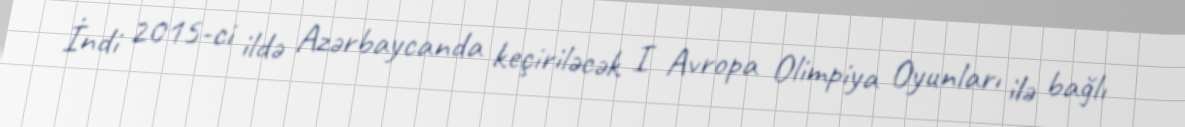
İndi 2015-ci ildə Azərbaycanda keçiriləcək I Avropa Olimpiya Oyunları ilə bağlı